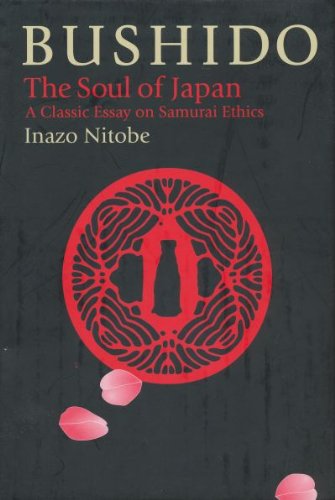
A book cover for Bushido: The Soul of Japan (The Way of the Warrior Series); Inazo Nitobe; History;